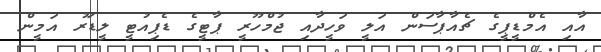
އާއި އެމްޑީޕީގެ ޗެއާޕާސަން އަލީ ވަހީދާއި ޖުމްހޫރީ ޕާޓީގެ ޑެޕިއުޓީ ލީޑަރު އަމީން